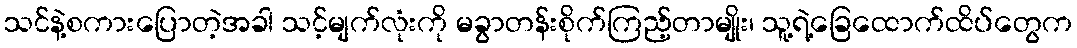
သင်နဲ့စကားပြောတဲ့အခါ သင့်မျက်လုံးကို မခွာတန်းစိုက်ကြည့်တာမျိုး၊ သူ့ရဲ့ခြေထောက်ထိပ်တွေက